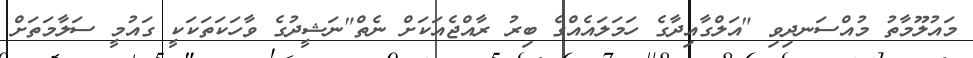
މައުލޫމާތު މުއްސަނދިވި "އަލްގާއިދާގެ ހަމަލައެއްގެ ބިރު ރާއްޖެއަކަށް ނެތް"ނަޝީދުގެ ވާހަކަތަކަކީ ގައުމީ ސަލާމަތަށް